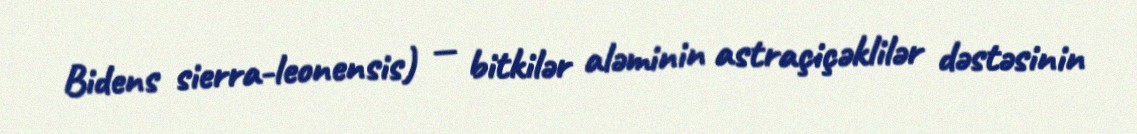
Bidens sierra-leonensis) — bitkilər aləminin astraçiçəklilər dəstəsinin